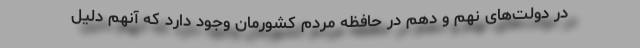
در دولت‌های نهم و دهم در حافظه مردم کشورمان وجود دارد که آنهم دلیل